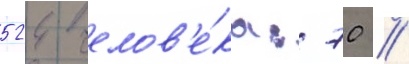
524 челов'е́ка: 70 //